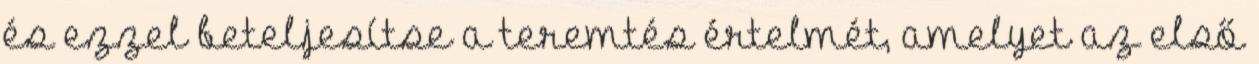
és ezzel beteljesítse a teremtés értelmét, amelyet az első